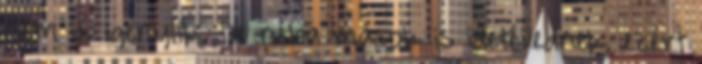
nem is igénylik. De néha mások is idetévednek, ezért